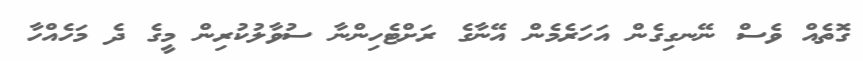
ގޮތެއް ވެސް ނޭނގިގެން އަހަރެމެން އޭނާގެ ރަށްޓެހިންނާ ސުވާލުކުރިން މީގެ ދެ މަހެއްހާ